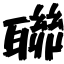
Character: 聯